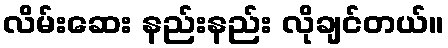
လိမ်းဆေး နည်းနည်း လိုချင်တယ်။